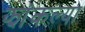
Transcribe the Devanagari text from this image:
झांकल्या